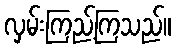
လှမ်းကြည့်ကြသည်။